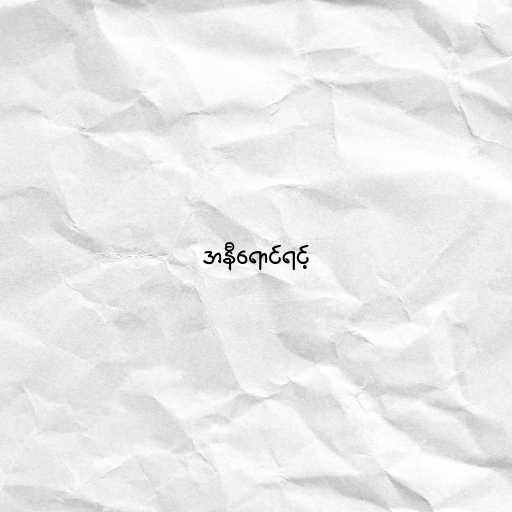
အနီရောင်ရင့်